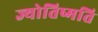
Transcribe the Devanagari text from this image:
ज्योतिष्मति